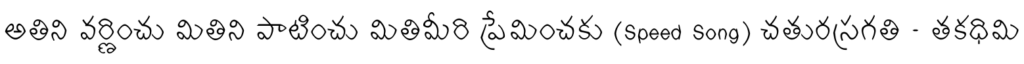
అతిని వర్ణించు మితిని పాటించు మితిమీరి ప్రేమించకు (Speed Song) చతురస్రగతి - తకధిమి